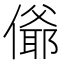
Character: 𰂴